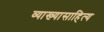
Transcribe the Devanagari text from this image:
व्याख्यासाहित्य